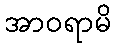
အာဝရာမိ